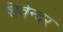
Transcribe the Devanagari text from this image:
शिवेन्दर